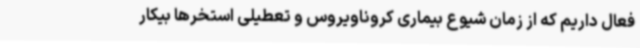
فعال داریم که از زمان شیوع بیماری کروناویروس و تعطیلی استخرها بیکار